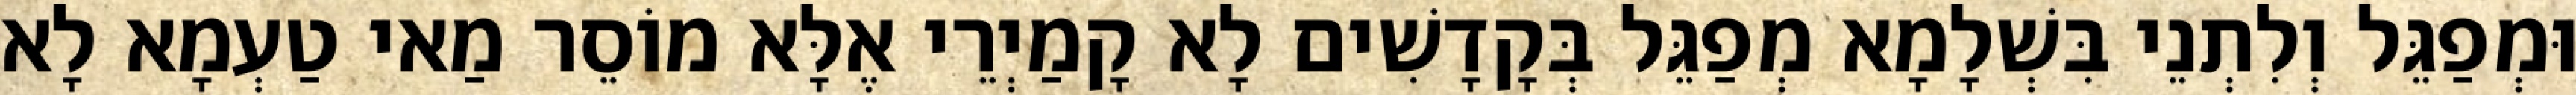
וּמְפַגֵּל וְלִתְנֵי בִּשְׁלָמָא מְפַגֵּל בְּקָדָשִׁים לָא קָמַיְרֵי אֶלָּא מוֹסֵר מַאי טַעְמָא לָא